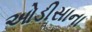
ઓડીસાના